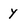
Character: y